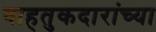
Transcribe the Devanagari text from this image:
वाहतुकदारांच्या